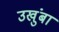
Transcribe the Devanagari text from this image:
उखुंबा